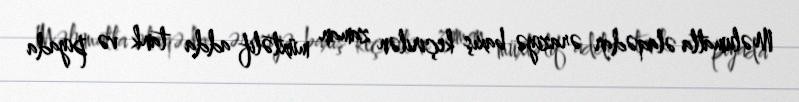
Məlumatla əlaqədar əraziyə baxış keçirilən zaman müxtəlif adda tank və piyada